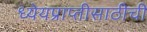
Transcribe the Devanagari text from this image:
ध्येयप्राप्तीसाठीची